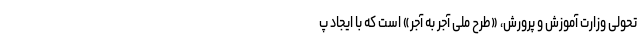
تحولی وزارت آموزش و پرورش، «طرح ملی آجر به آجر» است که با ایجاد پ